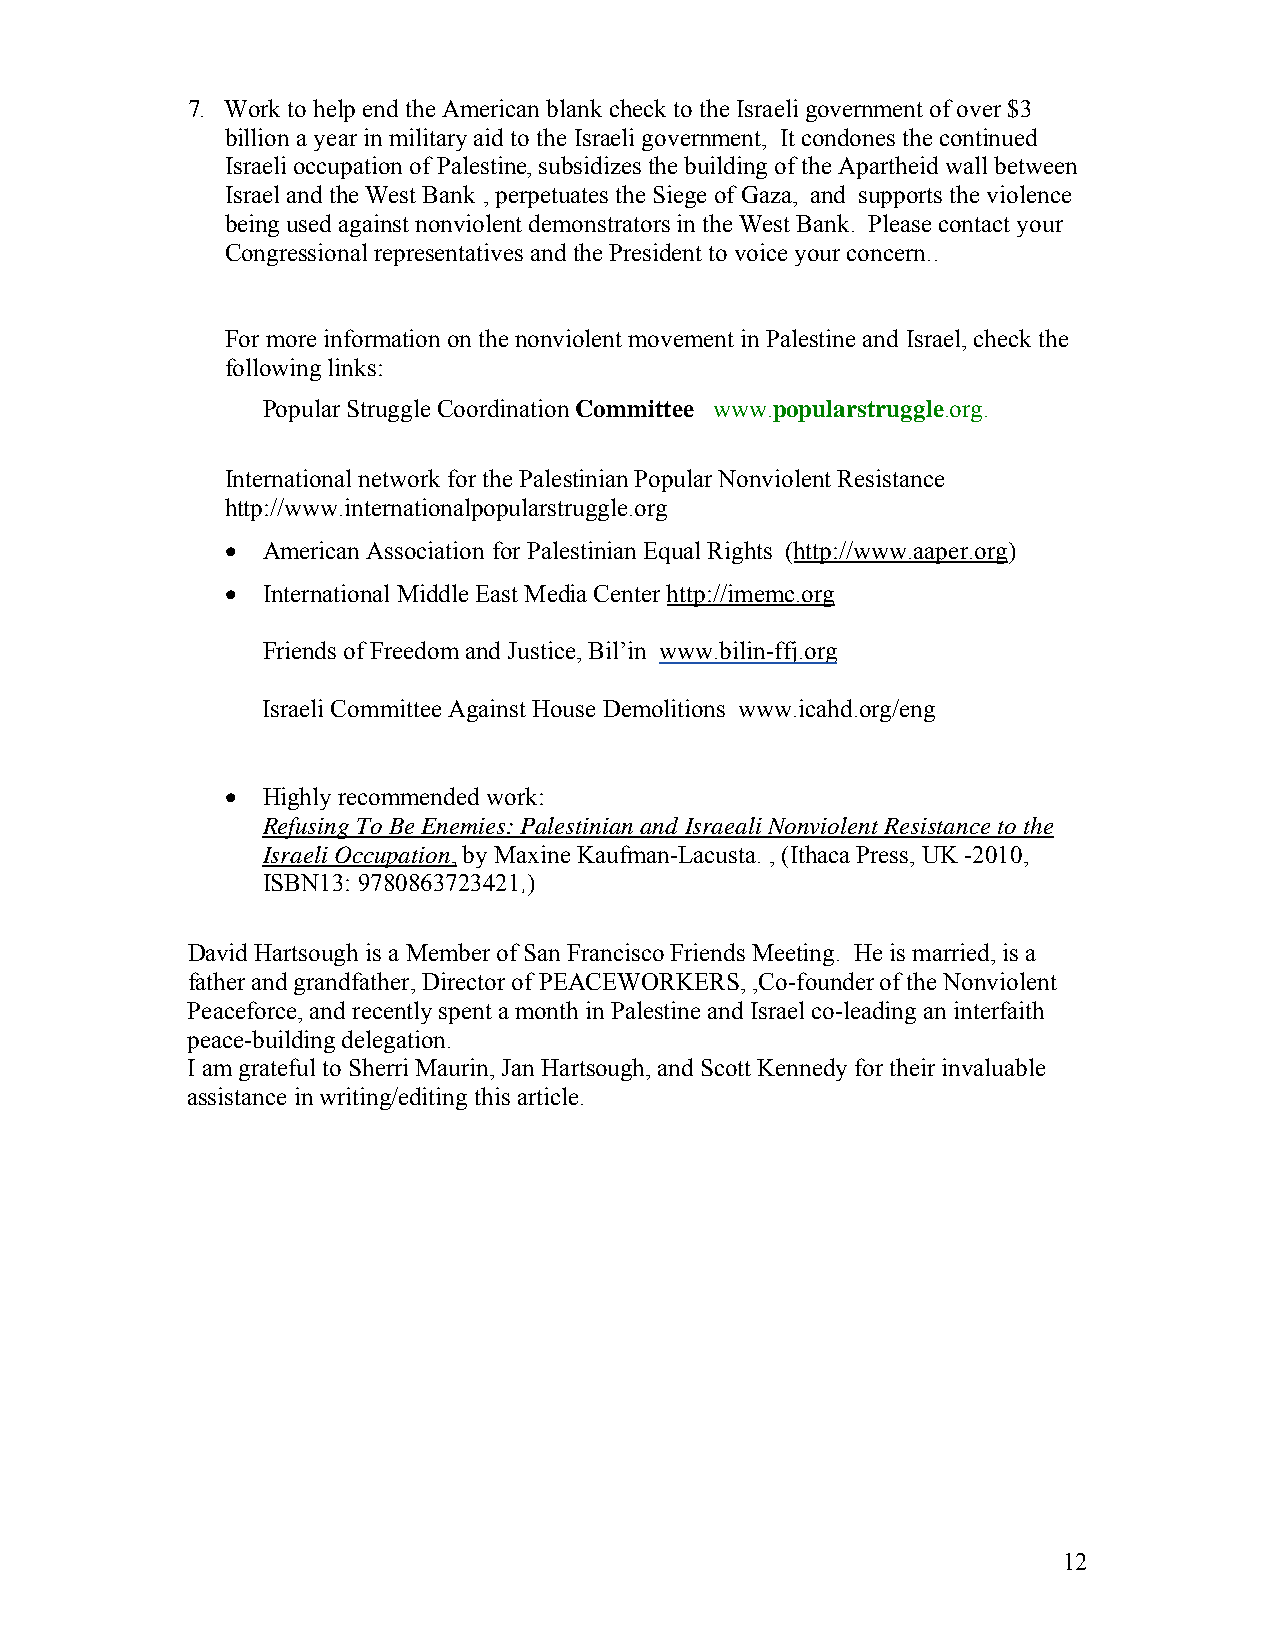
7. Work to help end the American blank check to the Israeli government of over $3
 billion a year in military aid to the Israeli government, It condones the continued
 Israeli occupation of Palestine, subsidizes the building of the Apartheid wall between
 Israel and the West Bank , perpetuates the Siege of Gaza, and supports the violence
 being used against nonviolent demonstrators in the West Bank. Please contact your
 Congressional representatives and the President to voice your concern..
 For more information on the nonviolent movement in Palestine and Israel, check the
 following links:
 Popular Struggle Coordination Committee www.popularstruggle.org.
 International network for the Palestinian Popular Nonviolent Resistance
 http://www.internationalpopularstruggle.org
 • American Association for Palestinian Equal Rights (http://www.aaper.org)
 • International Middle East Media Center http://imemc.org
 Friends of Freedom and Justice, Bil’in www.bilin-ffj.org
 Israeli Committee Against House Demolitions www.icahd.org/eng
 • Highly recommended work:
 Refusing To Be Enemies: Palestinian and Israeali Nonviolent Resistance to the
 Israeli Occupation, by Maxine Kaufman-Lacusta. , (Ithaca Press, UK -2010,
 ISBN13: 9780863723421,)
 David Hartsough is a Member of San Francisco Friends Meeting. He is married, is a
 father and grandfather, Director of PEACEWORKERS, ,Co-founder of the Nonviolent
 Peaceforce, and recently spent a month in Palestine and Israel co-leading an interfaith
 peace-building delegation.
 I am grateful to Sherri Maurin, Jan Hartsough, and Scott Kennedy for their invaluable
 assistance in writing/editing this article.
 12